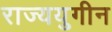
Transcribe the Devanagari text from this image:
राज्ययुगीन